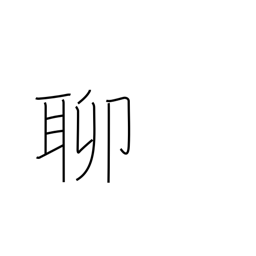
Meaning: slightly